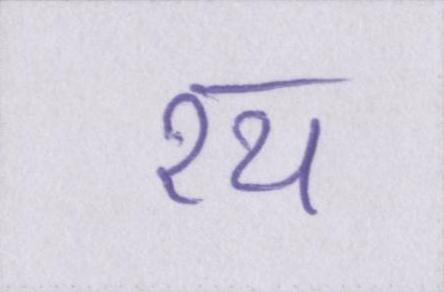
रथ